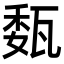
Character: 瓾